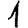
Digit: 1